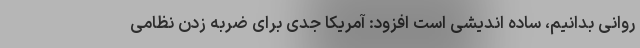
روانی بدانیم، ساده اندیشی است افزود: آمریکا جدی برای ضربه زدن نظامی